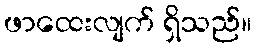
ဖာထေးလျက် ရှိသည်။